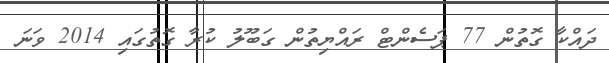
ދައްކާ ގޮތުން 77 ޕަސެންޓް ރައްޔިތުން ގަބޫލު ކުރާ ގޮތުގައި 2014 ވަނަ